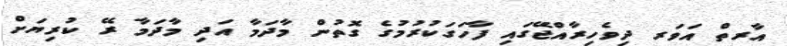
އާރތް އަވަރ ދިވެހިރާއްޖޭގައި ފާހަގަކުރުމުގެ ގޮތުން މާދަމާ އަދި މާދަމާ ރޭ ކުރިޔަށް